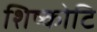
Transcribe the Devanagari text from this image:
शिष्कोटि